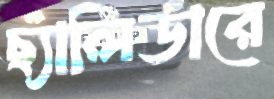
ছ্যালিডারে